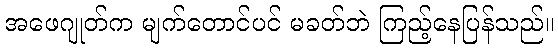
အဖေဂျုတ်က မျက်တောင်ပင် မခတ်ဘဲ ကြည့်နေပြန်သည်။